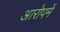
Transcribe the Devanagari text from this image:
आरोपमें